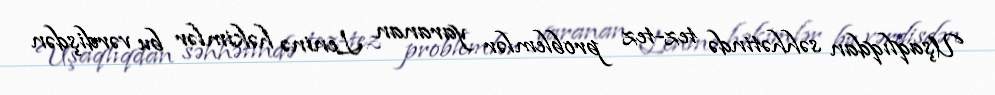
Uşaqlıqdan səhhətində tez-tez problemlər yaranan Leninə həkimlər bu vərdişdən